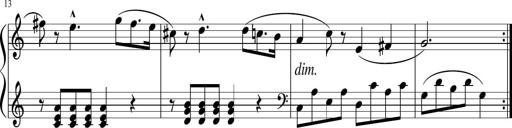
Title: 3 Sonatinen
Composer: Heinrich Lichner